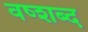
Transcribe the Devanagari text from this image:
वष्शब्द